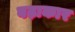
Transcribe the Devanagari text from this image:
बढ़ाकार